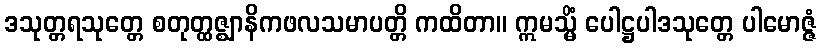
ဒသုတ္တရသုတ္တေ စတုတ္ထဇ္ဈာနိကဖလသမာပတ္တိ ကထိတာ။ ဣမသ္မိံ ပေါဋ္ဌပါဒသုတ္တေ ပါမောဇ္ဇံ